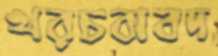
খরচবাবদ